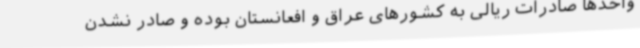
واحدها صادرات ریالی به کشورهای عراق و افعانستان بوده و صادر نشدن